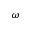
\omega